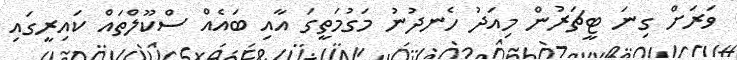
ވަރަށް ގިނަ ޓީޗަރުން މިއަދު ހެނދުނު މަގުމަތީގަ އާއި ބައެއް ސްކޫލްތައް ކައިރީގައި